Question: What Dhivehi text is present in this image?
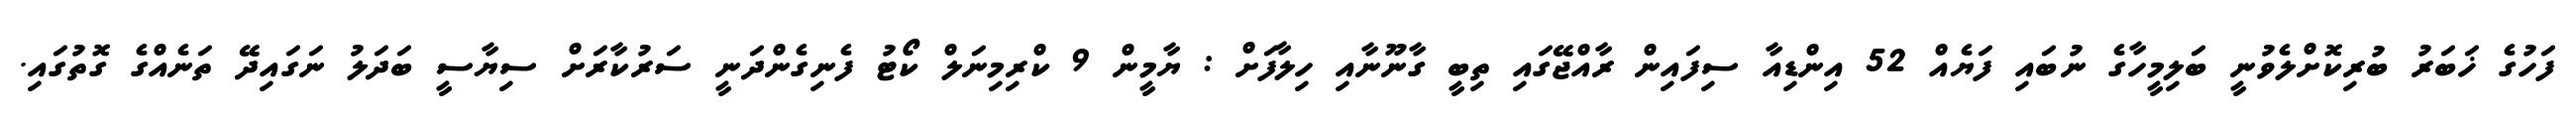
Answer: ފަހުގެ ޚަބަރު ބުރިކޮށްލެވުނީ ބަލިމީހާގެ ނުބައި ފަޔެއް 52 އިންޑިއާ ސިފައިން ރާއްޖޭގައި ތިބީ ގާނޫނާއި ހިލާފަށް : ޔާމީން 9 ކްރިމިނަލް ކޯޓު ފެނިގެންދަނީ ސަރުކާރަށް ސިޔާސީ ބަދަލު ނަގައިދޭ ތަނެއްގެ ގޮތުގައި.